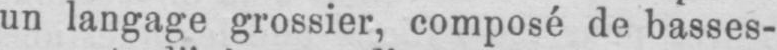
un langage grossier, composé de basses-